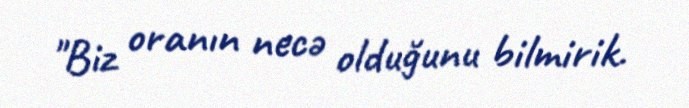
"Biz oranın necə olduğunu bilmirik.